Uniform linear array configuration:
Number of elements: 32
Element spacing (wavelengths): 1
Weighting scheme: hann
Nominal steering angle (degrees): -45
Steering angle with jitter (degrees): -46.533
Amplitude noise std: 0.05
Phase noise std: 0.05

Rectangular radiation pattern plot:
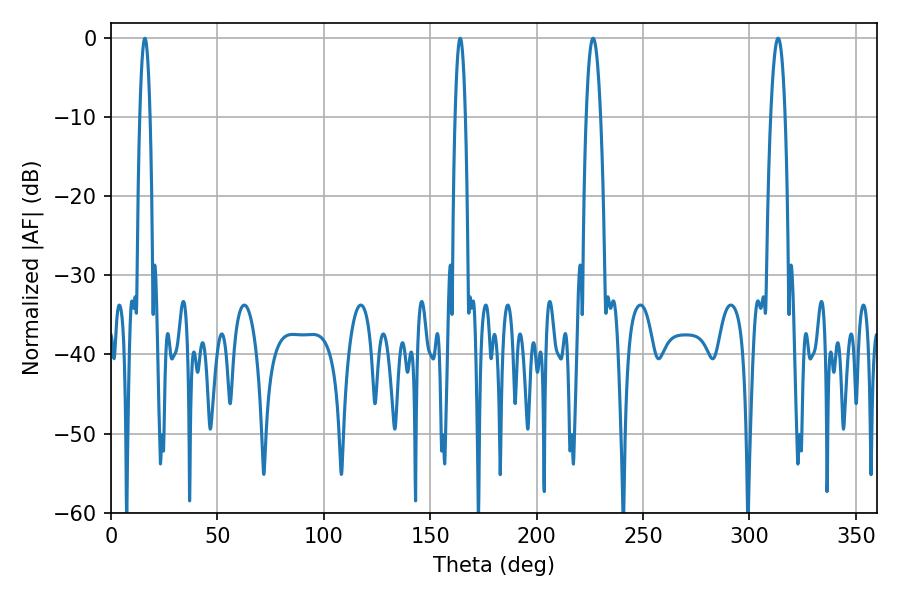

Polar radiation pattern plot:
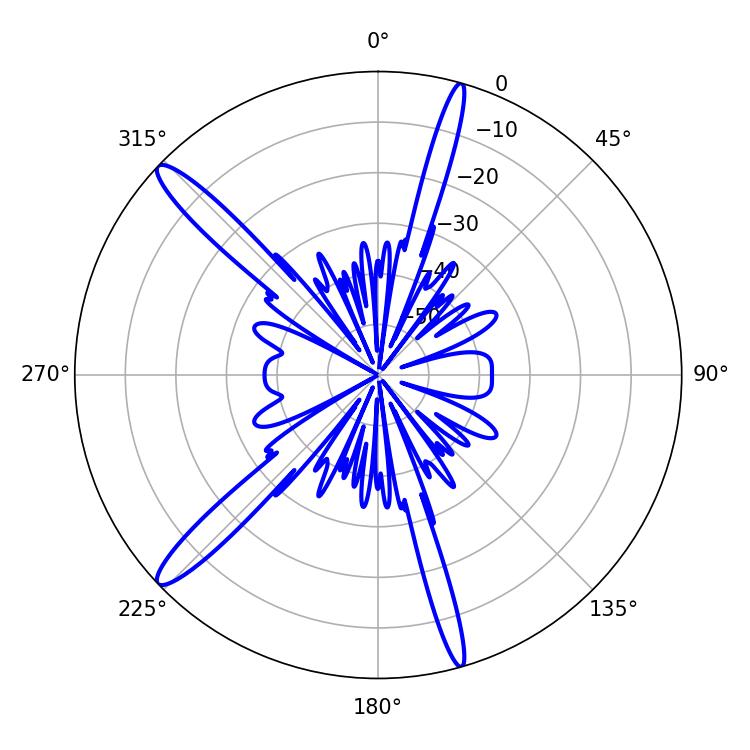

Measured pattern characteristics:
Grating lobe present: TRUE
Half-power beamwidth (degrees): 3.78
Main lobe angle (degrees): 226.62